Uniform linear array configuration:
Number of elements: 64
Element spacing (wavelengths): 1
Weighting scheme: hamming
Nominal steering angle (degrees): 0
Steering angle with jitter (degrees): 1.245
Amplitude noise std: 0.05
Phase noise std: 0.05

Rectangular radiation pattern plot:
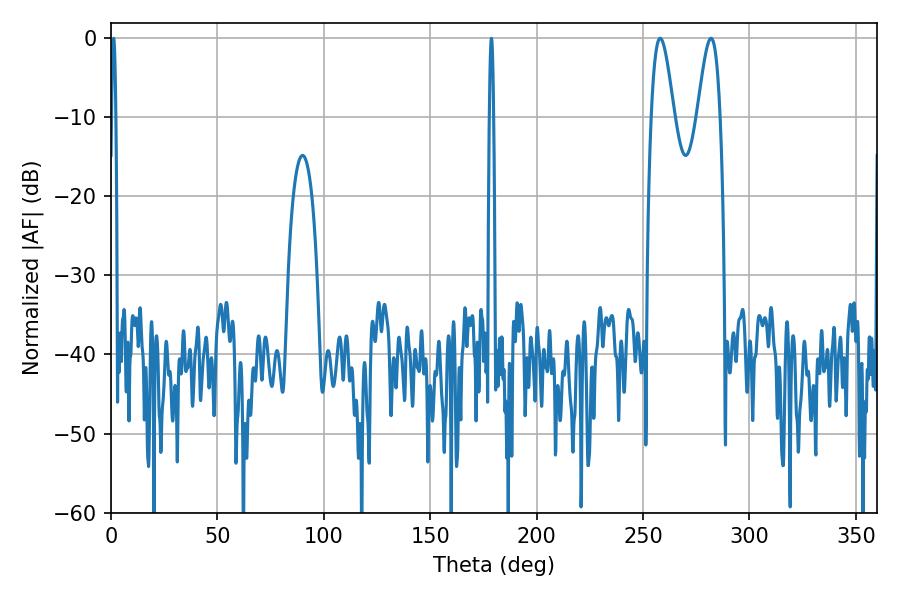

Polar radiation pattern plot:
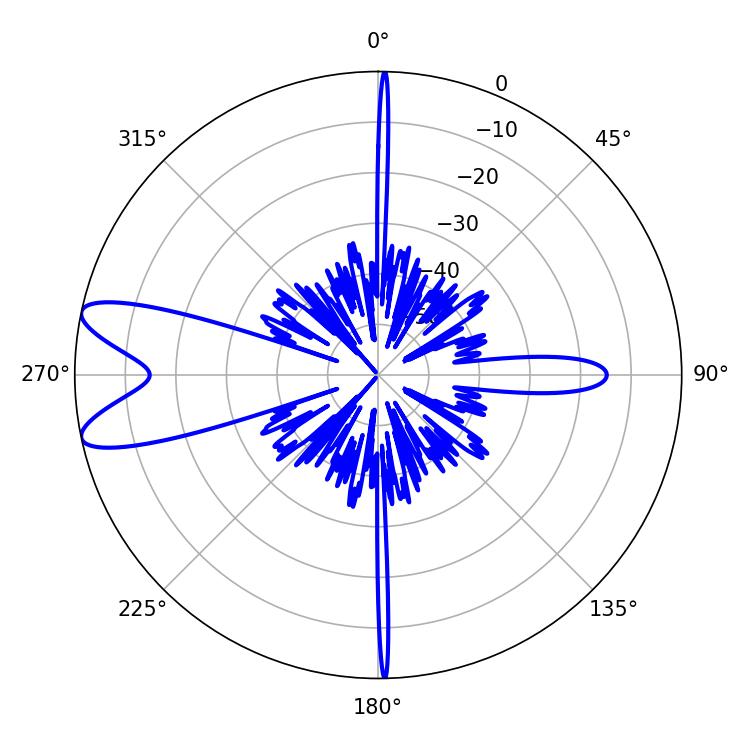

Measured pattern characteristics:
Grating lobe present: TRUE
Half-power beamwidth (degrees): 5.58
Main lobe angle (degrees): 281.88